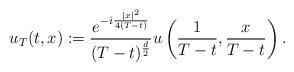
LaTeX: \begin{align*}u_T(t,x) := \frac{e^{-i\frac{|x|^2}{4(T-t)}}}{(T-t)^{\frac{d}{2}}} u\left(\frac{1}{T-t}, \frac{x}{T-t} \right).\end{align*}